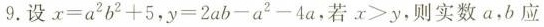
9.设$$x = a ^ { 2 } b ^ { 2 } + 5$$,$$y = 2 a b - a ^ { 2 } - 4 a$$,若$$x > y$$，则实数a，b应